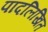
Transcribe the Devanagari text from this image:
पादलिखित